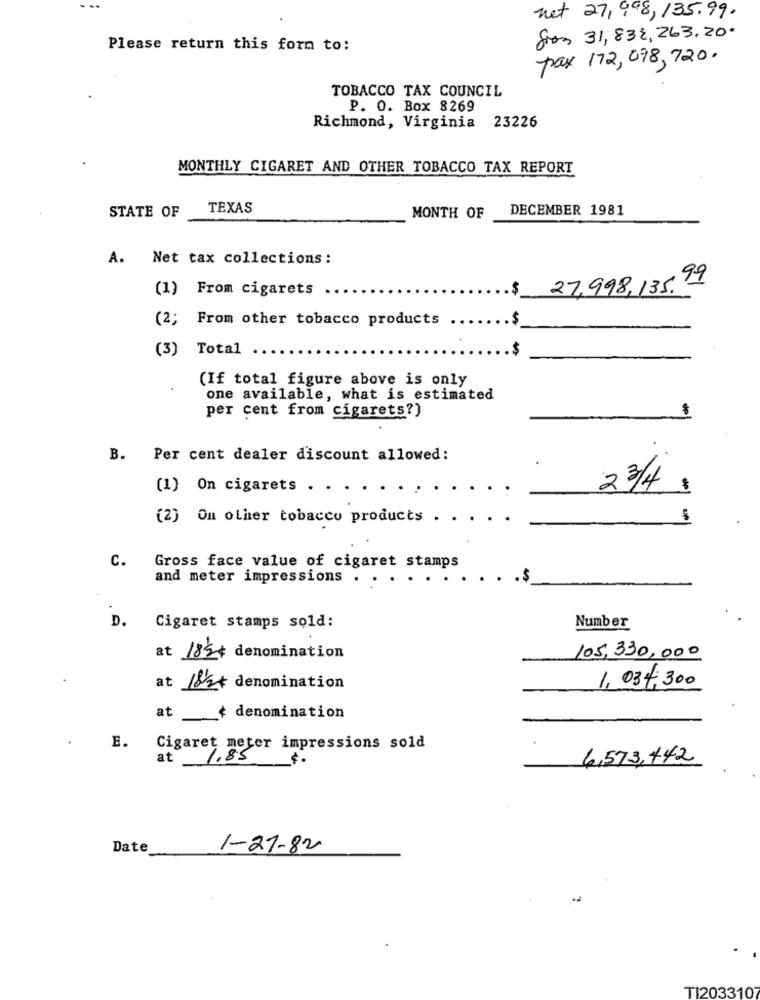
net 27,998, 135.99.
fron 31,832,263.20
Please return this form to:
pas 172,098, 720.
TOBACCO TAX COUNCIL
P. O. Box 8269
Richmond, Virginia 23226
MONTHLY CIGARET AND OTHER TOBACCO TAX REPORT
STATE OF
TEXAS
DECEMBER 1981
MONTH OF
A. Net tax collections :
(1) From cigarets
$
27,998,135.99
(2; From other tobacco products
(3) Total
$
(If total figure above is only
one available, what is estimated
per cent from cigarets?)
B. Per cent dealer discount allowed:
(1) On cigarets . . .
2 3/4
(2) On other tobacco products .
C.
Gross face value of cigaret stamps
and meter impressions .
.$
D.
Cigaret stamps sold:
Number
at 18% * denomination
105,330,000
1. 034,300
at 182+ denomination
at + denomination
E.
Cigaret meter impressions sold
at
1.85
6,573,442
Date
1-21-82
TI203310